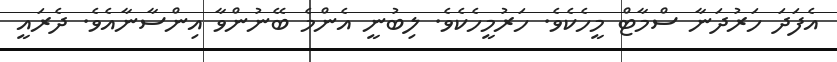
އެފަދަ ހަރުދަނާ ސްމާޓް މީހެކެވެ. ހަރުމީހެކެވެ. ލިބުނީ އެންމެ ބޭނުންވާ އިންސާނާއެވެ. ދެރައީ